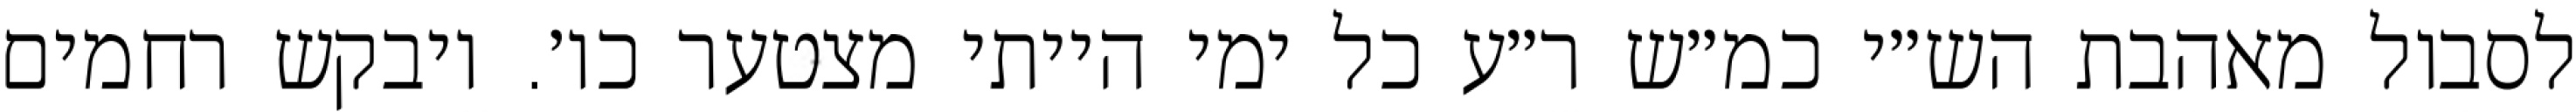
לסבול מאהבת הש״י כמ״ש ר״ע כל ימי הייתי מצטער כו׳. ויבקש רחמים